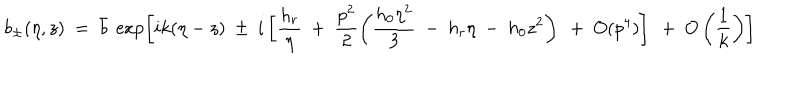
LaTeX: b _ { \pm } ( \eta , z ) ~ = ~ \bar { b } ~ \exp \left[ i k ( \eta - z ) ~ \pm ~ i \left[ \frac { h _ { r } } \eta ~ + ~ \frac { p ^ { 2 } } { 2 } \left( \frac { h _ { 0 } \eta ^ { 2 } } { 3 } ~ - ~ h _ { r } \eta ~ - ~ h _ { 0 } z ^ { 2 } \right) ~ + ~ O ( p ^ { 4 } ) \right] ~ + ~ O \left( \frac 1 k \right) \right]